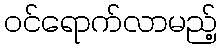
ဝင်ရောက်လာမည့်